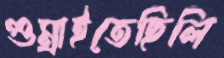
গুম্‌রাইতেছিলি